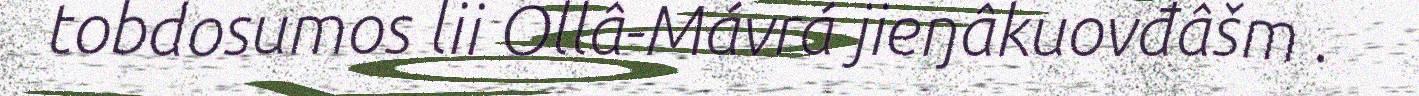
tobdosumos lii Ollâ-Mávrá jieŋâkuovđâšm .